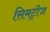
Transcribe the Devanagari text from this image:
सिमट्रीज